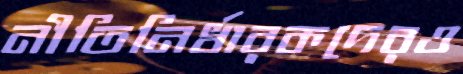
নীতিনির্ধারকদেরও